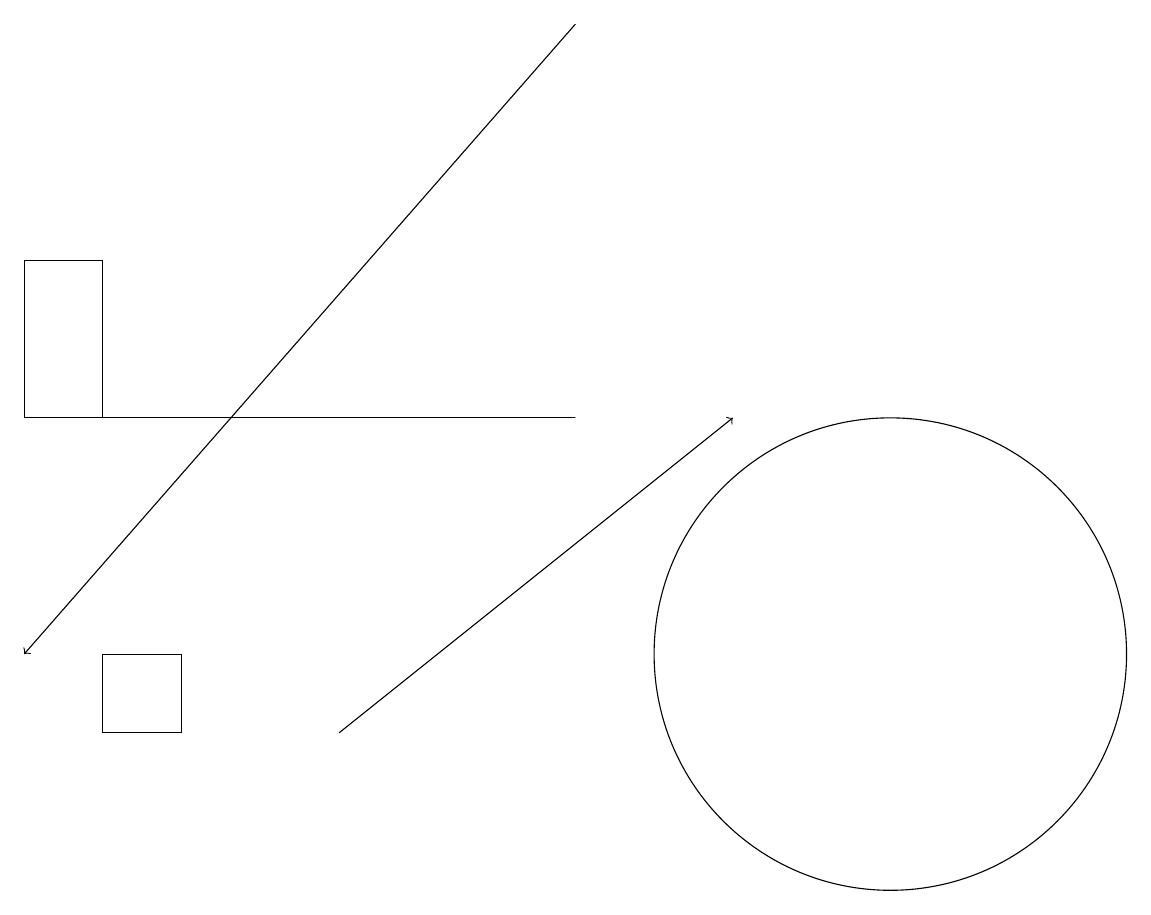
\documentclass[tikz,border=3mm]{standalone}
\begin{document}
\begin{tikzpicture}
\draw[->] (7,19) -- (0,11);
\draw (11,11) circle (3);
\draw (1,14) rectangle (0,16);
\draw[->] (4,10) -- (9,14);
\draw (2,10) rectangle (1,11);
\draw (7,14) rectangle (0,14);
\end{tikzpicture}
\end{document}